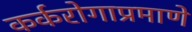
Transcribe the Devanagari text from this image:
कर्करोगाप्रमाणे